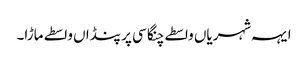
ایہہ شہریاں واسطے چنگا سی پر پنڈاں واسطے ماڑا۔